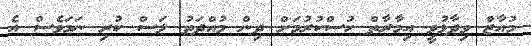
މުއާޒް ވިދާޅުވީ އިމާރާތް ހުސްކުރުމަށް ދިން މުއްދަތު ލަސް ކުރި ނަމަވެސް އެ